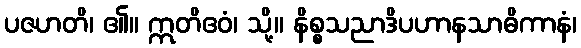
ပဇဟတိ၊ ၏။ ဣတိဧဝံ၊ သို့။ နိစ္စသညာဒိပဟာနသာဓိကာနံ၊